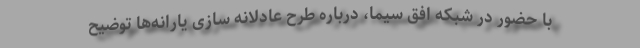
با حضور در شبکه افق سیما، درباره طرح عادلانه سازی یارانه‌ها توضیح